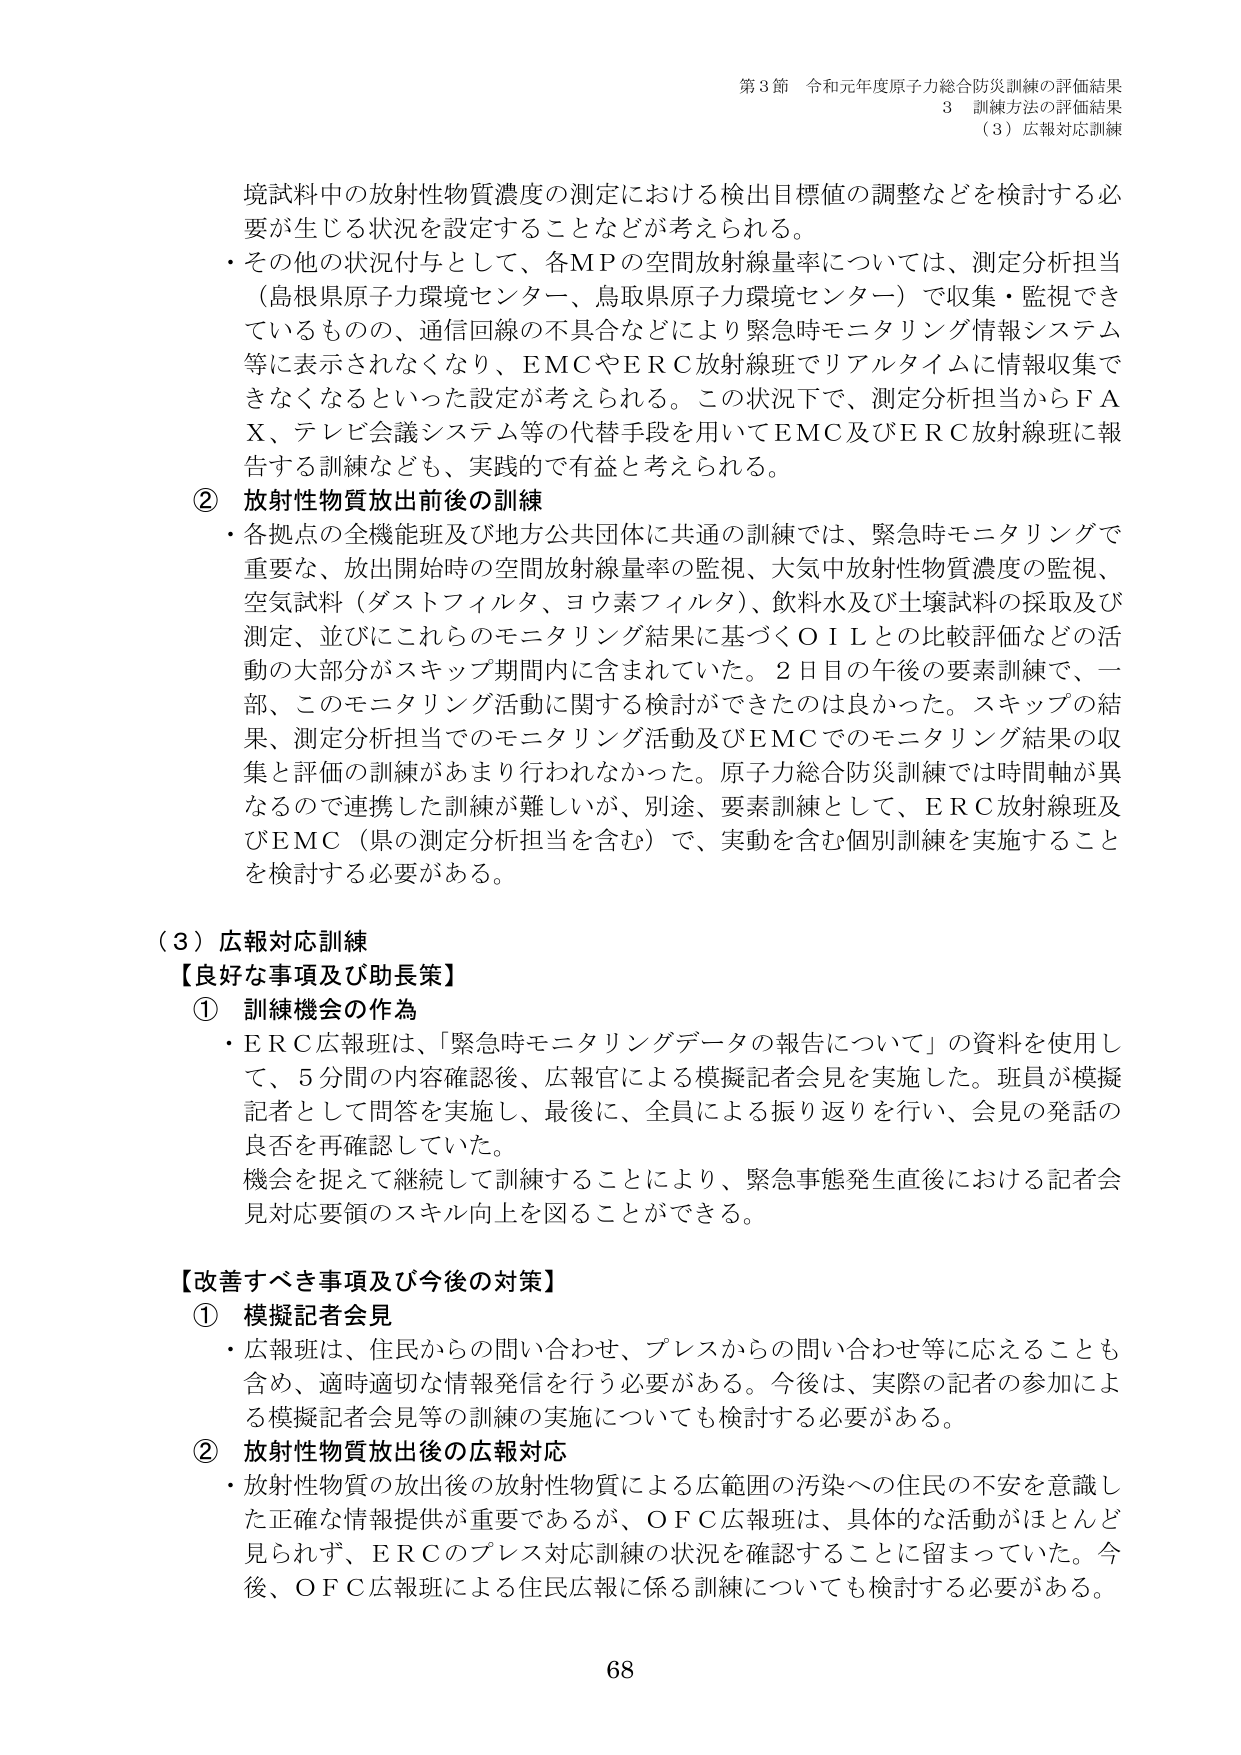
第3節 令和元年度原子力総合防災訓練の評価結果
3 訓練方法の評価結果
（3）広報対応訓練

境試料中の放射性物質濃度の測定における検出目標値の調整などを検討する必要が生じる状況を設定することなどが考えられる。
・その他の状況付与として、各MPの空間放射線量率については、測定分析担当（島根県原子力環境センター、鳥取県原子力環境センター）で収集・監視できているものの、通信回線の不具合などにより緊急時モニタリング情報システム等に表示されなくなり、EMCやERC放射線班でリアルタイムに情報収集できなくなるといった設定が考えられる。この状況下で、測定分析担当からFAX、テレビ会議システム等の代替手段を用いてEMC及びERC放射線班に報告する訓練なども、実践的で有益と考えられる。

② 放射性物質放出前後の訓練
・各拠点の全機能班及び地方公共団体に共通の訓練では、緊急時モニタリングで重要な、放出開始時の空間放射線量率の監視、大気中放射性物質濃度の監視、空気試料（ダストフィルタ、ヨウ素フィルタ）、飲料水及び土壌試料の採取及び測定、並びにこれらのモニタリング結果に基づくOILとの比較評価などの活動の大部分がスキップ期間内に含まれていた。2日目の午後の要素訓練で、一部、このモニタリング活動に関する検討ができたのは良かった。スキップの結果、測定分析担当でのモニタリング活動及びEMCでのモニタリング結果の収集と評価の訓練があまり行われなかった。原子力総合防災訓練では時間軸が異なるので連携した訓練が難しいが、別途、要素訓練として、ERC放射線班及びEMC（県の測定分析担当を含む）で、実動を含む個別訓練を実施することを検討する必要がある。

（3）広報対応訓練
【良好な事項及び助長策】
① 訓練機会の作為
・ERC広報班は、「緊急時モニタリングデータの報告について」の資料を使用して、5分間の内容確認後、広報官による模擬記者会見を実施した。班員が模擬記者として問答を実施し、最後に、全員による振り返りを行い、会見の発話の良否を再確認していた。
機会を捉えて継続して訓練することにより、緊急事態発生直後における記者会見対応要領のスキル向上を図ることができる。

【改善すべき事項及び今後の対策】
① 模擬記者会見
・広報班は、住民からの問い合わせ、プレスからの問い合わせ等に応えることも含め、適時適切な情報発信を行う必要がある。今後は、実際の記者の参加による模擬記者会見等の訓練の実施についても検討する必要がある。
② 放射性物質放出後の広報対応
・放射性物質の放出後の放射性物質による広範囲の汚染への住民の不安を意識した正確な情報提供が重要であるが、OFC広報班は、具体的な活動がほとんど見られず、ERCのプレス対応訓練の状況を確認することに留まっていた。今後、OFC広報班による住民広報に係る訓練についても検討する必要がある。

68